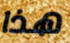
هذا